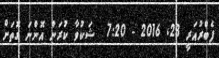
ފެބްރުއަރީ 23